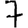
Digit: 7